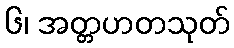
၆၊ အတ္တဟတသုတ်